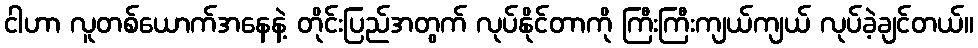
ငါဟာ လူတစ်ယောက်အနေနဲ့ တိုင်းပြည်အတွက် လုပ်နိုင်တာကို ကြီးကြီးကျယ်ကျယ် လုပ်ခဲ့ချင်တယ်။